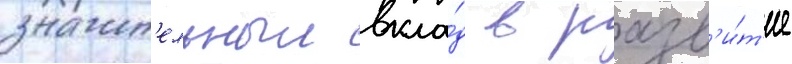
значит'ельныи вкла́д в разв'и́т'ие